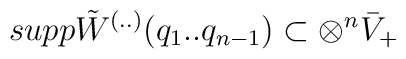
supp\tilde{W}^{(..)}(q_{1}..q_{n-1})\subset \otimes ^{n}\bar{V}_{+}